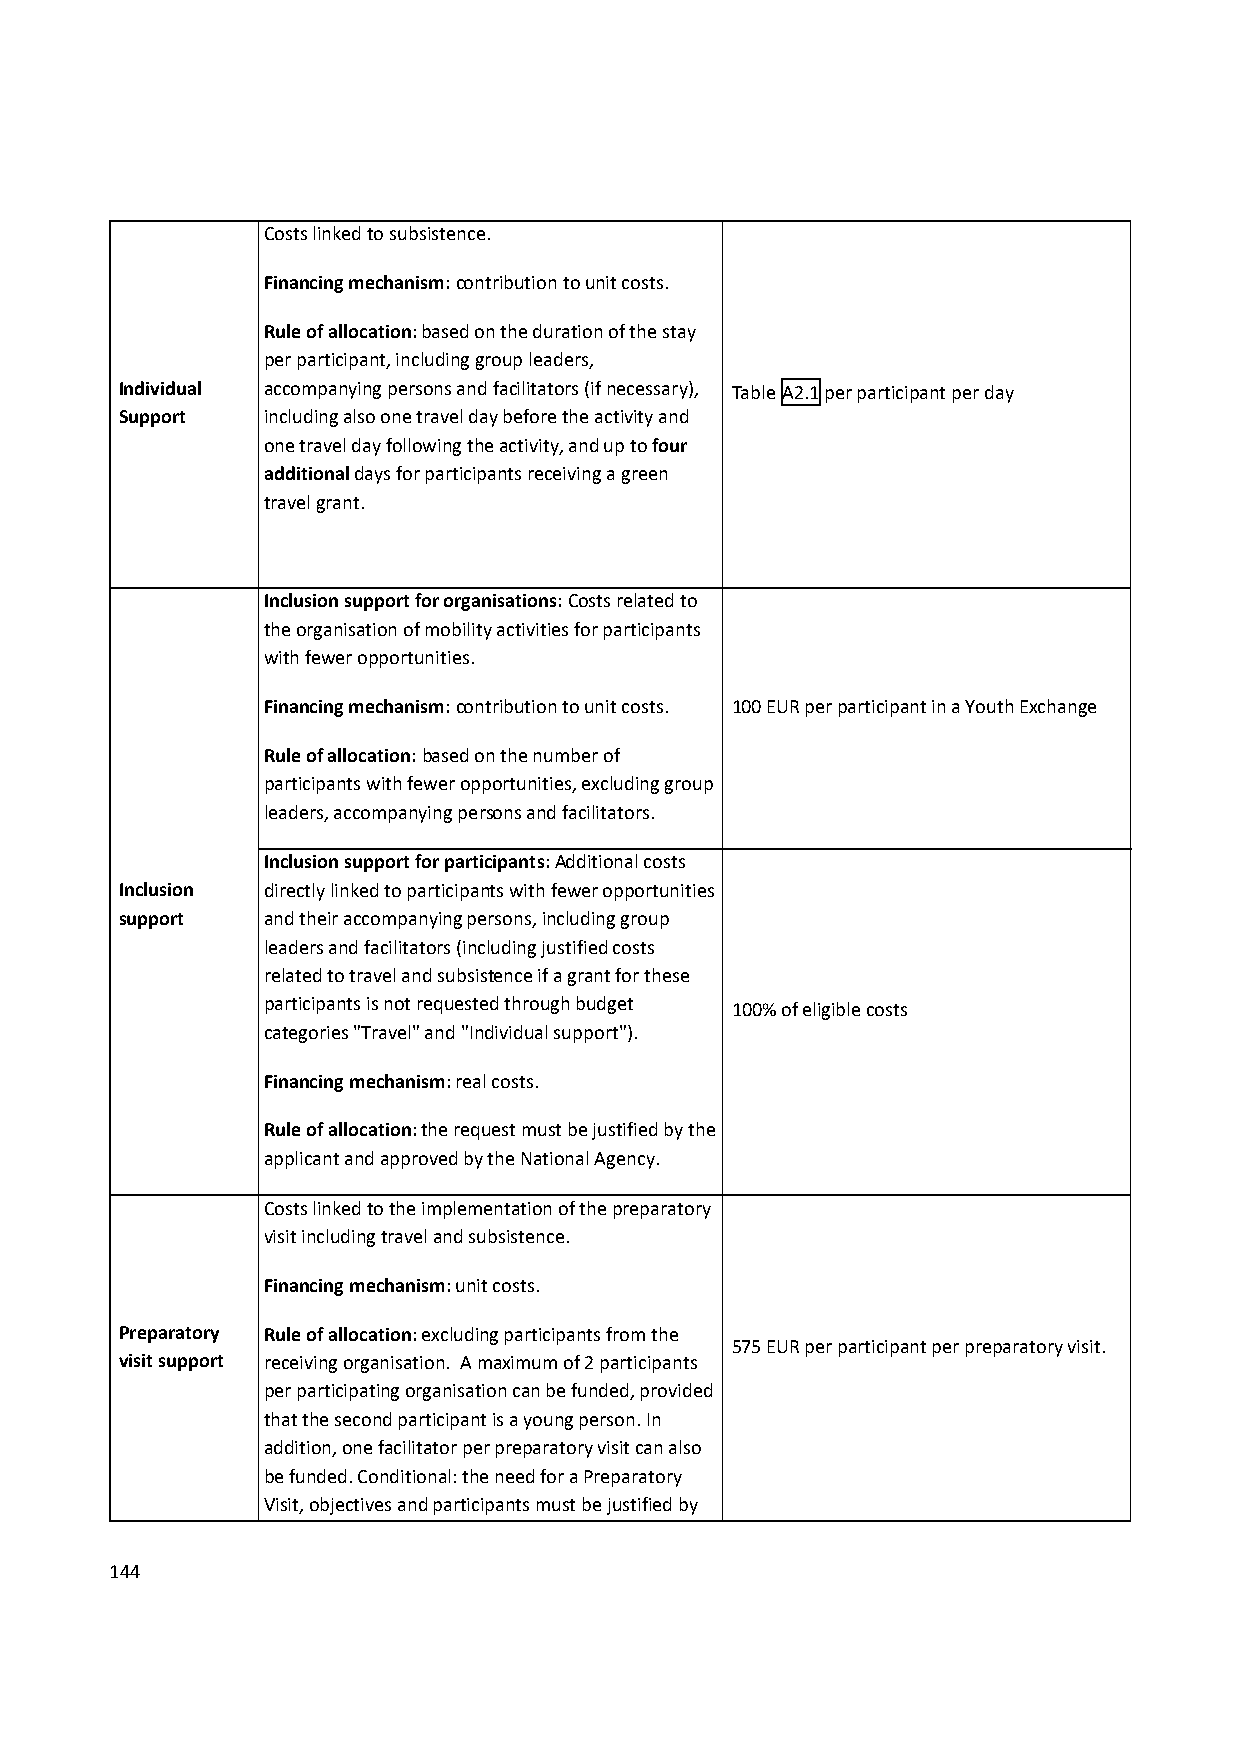
Costs linked to subsistence.
 Financing mechanism: contribution to unit costs.
 Rule of allocation: based on the duration of the stay
 per participant, including group leaders,
 Individual accompanying persons and facilitators (if necessary), Table A2.1 per participant per day
 Support  including also one travel day before the activity and
 one travel day following the activity, and up to four
 additional days for participants receiving a green
 travel grant.
 Inclusion support for organisations: Costs related to
 the organisation of mobility activities for participants
 with fewer opportunities.
 Financing mechanism: contribution to unit costs. 100 EUR per participant in a Youth Exchange
 Rule of allocation: based on the number of
 participants with fewer opportunities, excluding group
 leaders, accompanying persons and facilitators.
 Inclusion support for participants:Additional costs
 Inclusion directly linked to participants with fewer opportunities
 support  and their accompanying persons, including group
 leaders and facilitators (including justified costs
 related to travel and subsistence if a grant for these
 participants is not requested through budget 100% of eligible costs
 categories "Travel" and "Individual support").
 Financing mechanism: real costs.
 Rule of allocation: the request must be justified by the
 applicant and approved by the National Agency.
 Costs linked to the implementation of the preparatory
 visit including travel and subsistence.
 Financing mechanism: unit costs.
 Preparatory Rule of allocation: excluding participants from the
 575 EUR per participant per preparatory visit.
 visit support receiving organisation. A maximum of 2 participants
 per participating organisation can be funded, provided
 that the second participant is a young person. In
 addition, one facilitator per preparatory visit can also
 be funded. Conditional: the need for a Preparatory
 Visit, objectives and participants must be justified by
 144